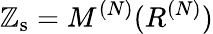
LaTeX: \mathbb{Z}_{\mathrm{{s}}}=M^{(N)}(R^{(N)})